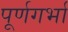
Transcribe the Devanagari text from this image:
पूर्णगर्भा